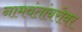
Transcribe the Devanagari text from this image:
नामवंतांबरोबर